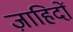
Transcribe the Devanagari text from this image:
ज़ाहिदों